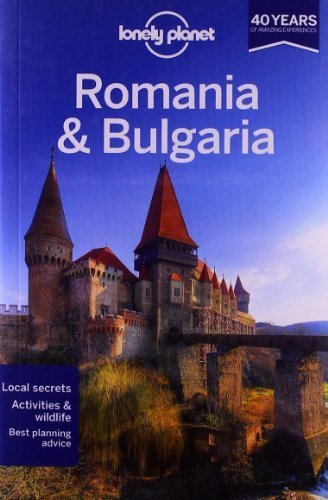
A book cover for Lonely Planet Romania & Bulgaria (Travel Guide) by Lonely Planet, Baker, Deliso, Waters, Watkins (2013) Paperback; Travel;